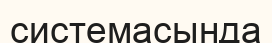
системасында